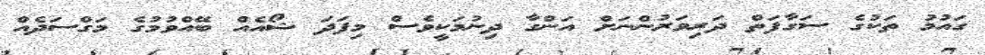
ގައުމު ތަކުގެ ސަގާފަތް ދަރިވަރުންނަށް އަންގާ ދިނުމަކީވެސް މިފަދަ ޝޯއެއް ބޭއްވުމުގެ މަގްސަދެއް